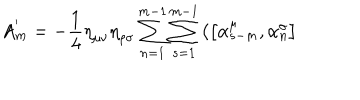
A _ { m } ^ { ' } = - \frac { 1 } { 4 } { \eta } _ { \mu \nu } { \eta } _ { \rho \sigma } \sum _ { n = 1 } ^ { m - 1 } \sum _ { s = 1 } ^ { m - 1 } \left( \left[ { \alpha } _ { s - m } ^ { \mu } , { \alpha } _ { n } ^ { \sigma } \right] \right.